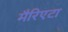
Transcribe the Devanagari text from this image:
मैरिएटा